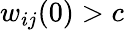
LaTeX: w_{ij}(0)>c